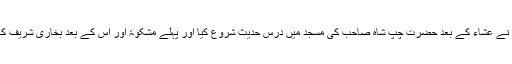
اسی اثناء میں آپ نے عشاء کے بعد حضرت چپ شاہ صاحب کی مسجد میں درس حدیث شروع کیا اور پہلے مشکوٰۃ اور اس کے بعد بخاری شریف کا درس مکمل کیا۔